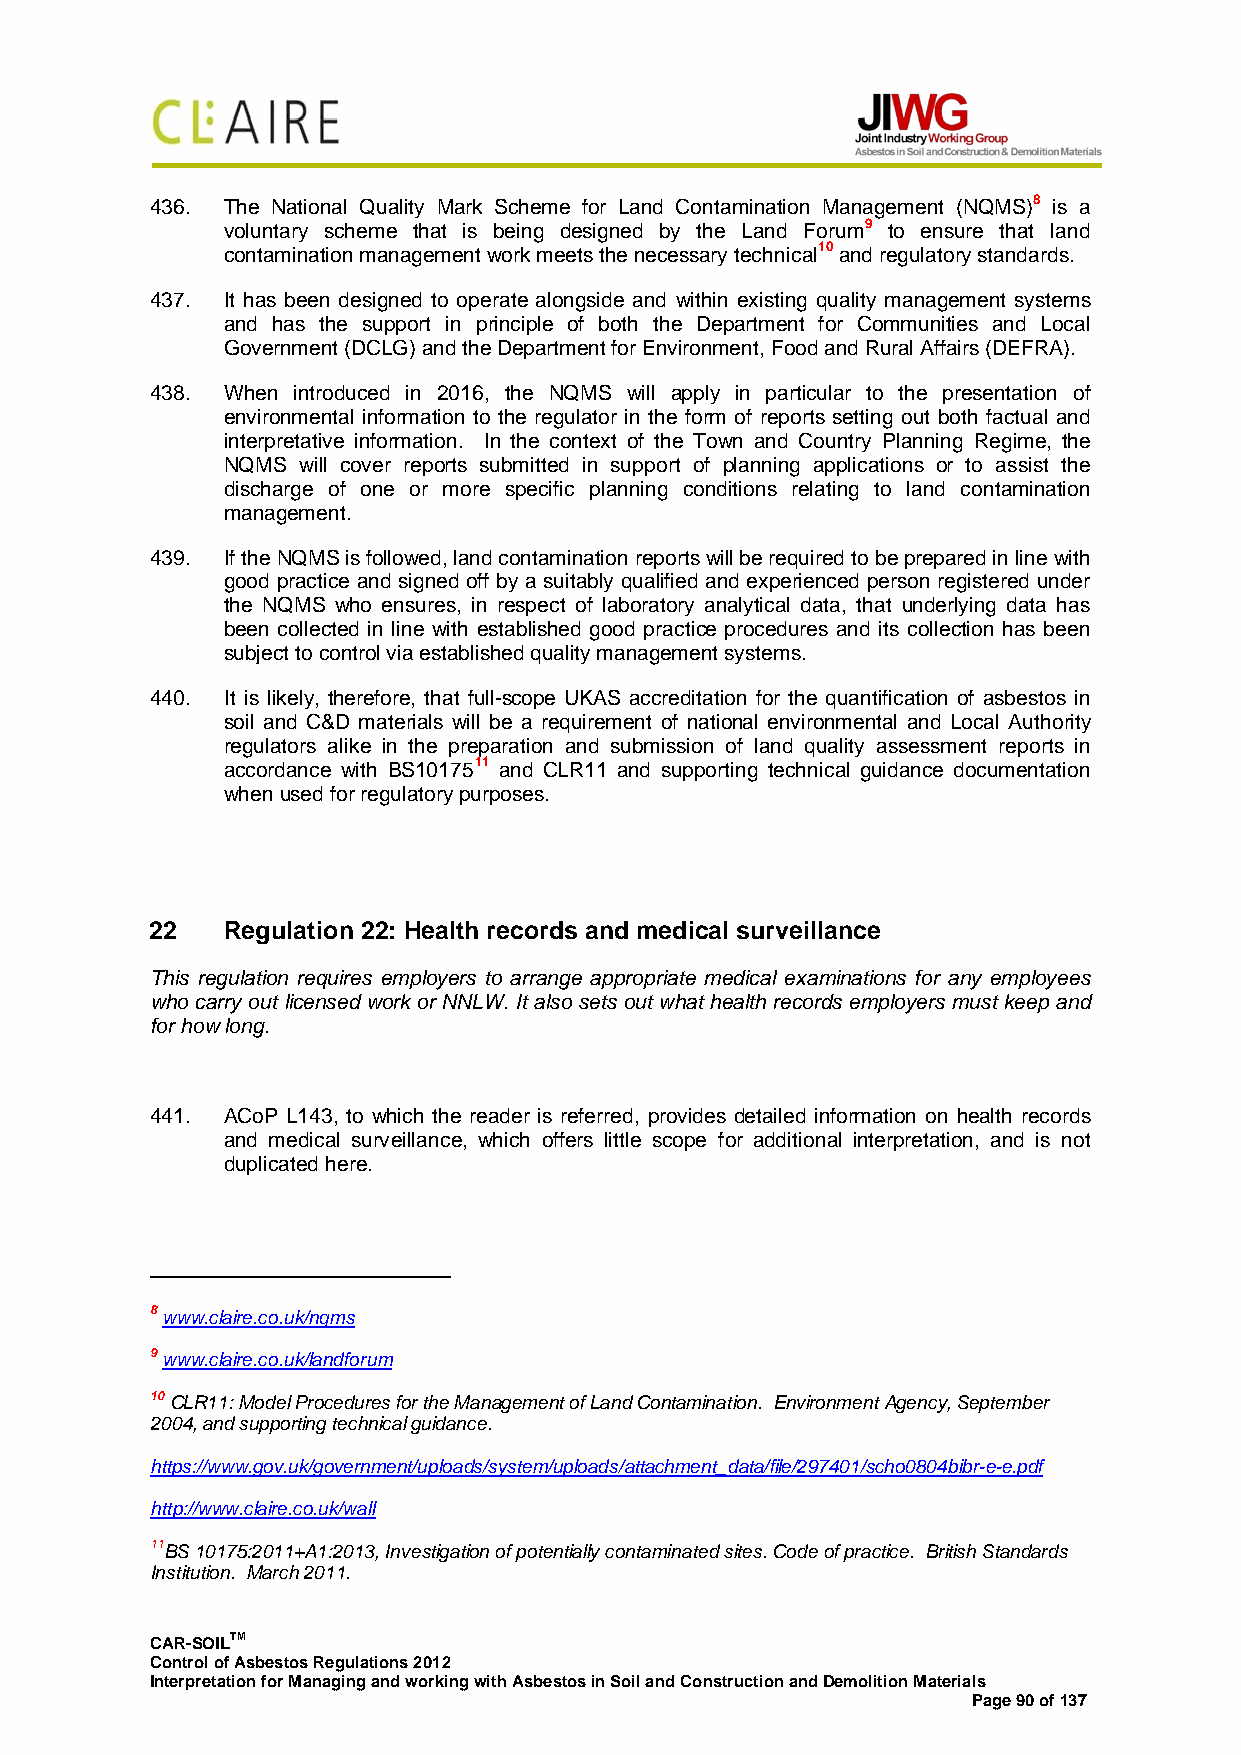
436. The National Quality Mark Scheme for Land Contamination Management (NQMS)8 is a
 voluntary scheme that is being designed by the Land Forum9 to ensure that land
 contamination management work meets the necessary technical10 and regulatory standards.
 437. It has been designed to operate alongside and within existing quality management systems
 and has the support in principle of both the Department for Communities and Local
 Government (DCLG) and the Department for Environment, Food and Rural Affairs (DEFRA).
 438. When introduced in 2016, the NQMS will apply in particular to the presentation of
 environmental information to the regulator in the form of reports setting out both factual and
 interpretative information. In the context of the Town and Country Planning Regime, the
 NQMS will cover reports submitted in support of planning applications or to assist the
 discharge of one or more specific planning conditions relating to land contamination
 management.
 439. If the NQMS is followed, land contamination reports will be required to be prepared in line with
 good practice and signed off by a suitably qualified and experienced person registered under
 the NQMS who ensures, in respect of laboratory analytical data, that underlying data has
 been collected in line with established good practice procedures and its collection has been
 subject to control via established quality management systems.
 440. It is likely, therefore, that full-scope UKAS accreditation for the quantification of asbestos in
 soil and C&D materials will be a requirement of national environmental and Local Authority
 regulators alike in the preparation and submission of land quality assessment reports in
 accordance with BS1017511 and CLR11 and supporting technical guidance documentation
 when used for regulatory purposes.
 22   Regulation 22: Health records and medical surveillance
 This regulation requires employers to arrange appropriate medical examinations for any employees
 who carry out licensed work or NNLW. It also sets out what health records employers must keep and
 for how long.
 441. ACoP L143, to which the reader is referred, provides detailed information on health records
 and medical surveillance, which offers little scope for additional interpretation, and is not
 duplicated here.
 8 www.claire.co.uk/nqms
 9 www.claire.co.uk/landforum
 10 CLR11: Model Procedures for the Management of Land Contamination. Environment Agency, September
 2004, and supporting technical guidance.
 https://www.gov.uk/government/uploads/system/uploads/attachment_data/file/297401/scho0804bibr-e-e.pdf
 http://www.claire.co.uk/wall
 11BS 10175:2011+A1:2013, Investigation of potentially contaminated sites. Code of practice. British Standards
 Institution. March 2011.
 CAR-SOILTM
 Control of Asbestos Regulations 2012
 Interpretation for Managing and working with Asbestos in Soil and Construction and Demolition Materials
 Page 90 of 137